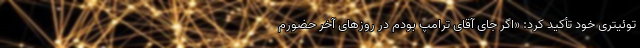
توئیتری خود تأکید کرد: «اگر جای آقای ترامپ بودم در روزهای آخر حضورم